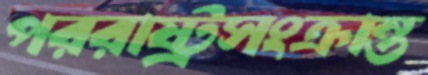
পররাষ্ট্রসংক্রান্ত